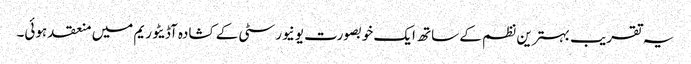
یہ تقریب بہترین نظم کے ساتھ ایک خوبصورت یونیورسٹی کے کشادہ آڈیٹوریم میں منعقد ہوئی۔